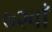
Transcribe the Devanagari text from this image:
७२वाँ